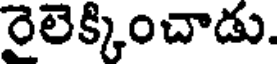
రైలెక్కించాడు.